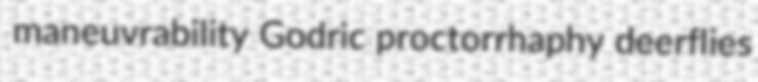
maneuvrability Godric proctorrhaphy deerflies